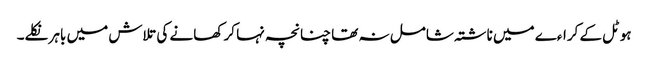
ہوٹل کے کراءے میں ناشتہ شامل نہ تھا چنانچہ نہا کر کھانے کی تلاش میں باہر نکلے۔